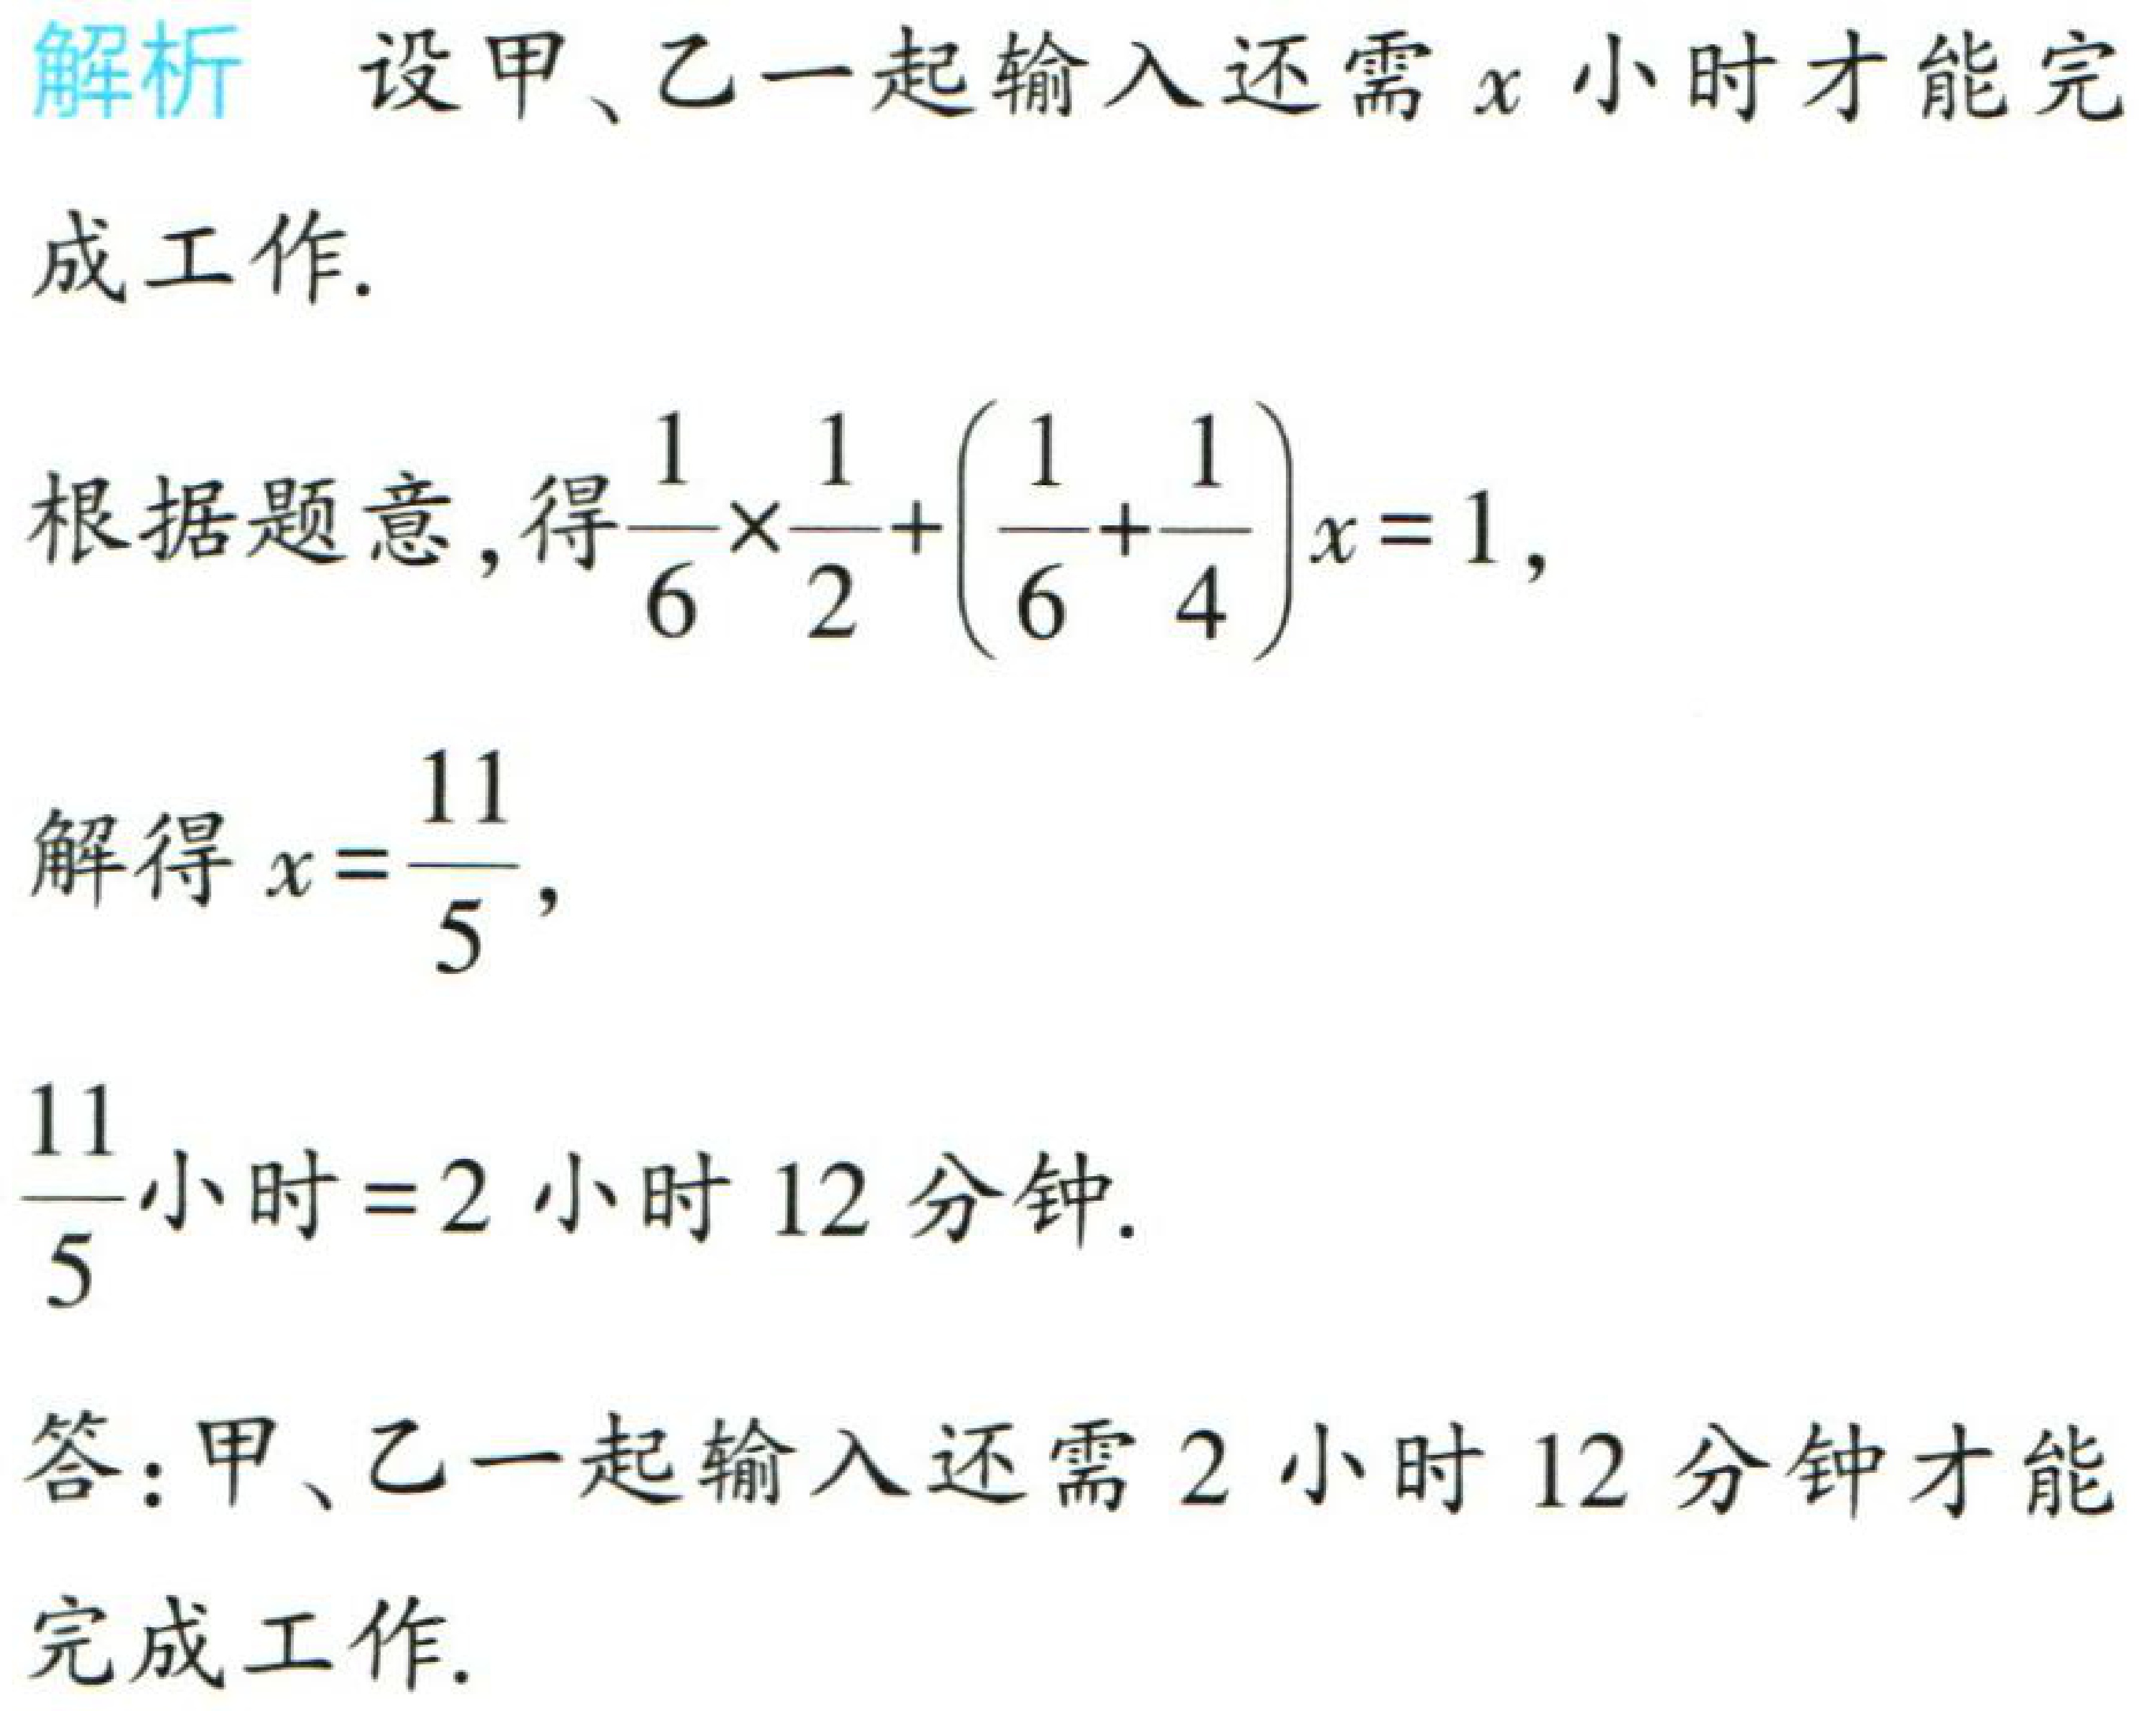
解析 设甲、乙一起输入还需\(x\)小时才能完成工作.

根据题意，得\(\frac{1}{6} \times \frac{1}{2}+(\frac{1}{6}+\frac{1}{4})x = 1\)，

解得\(x = \frac{11}{5}\)，

\(\frac{11}{5}\)小时\(= 2\)小时\(12\)分钟.

答：甲、乙一起输入还需\(2\)小时\(12\)分钟才能完成工作.